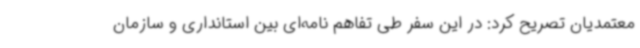
معتمدیان تصریح کرد: در این سفر طی تفاهم نامه‌ای بین استانداری و سازمان